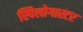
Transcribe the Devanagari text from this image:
स्पिलोगास्टर